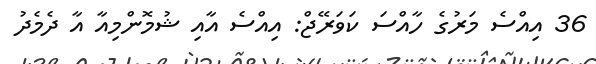
36 އިއްސެ މަރުގެ ހާއްސަ ކަވަރޭޖް: އިއްސެ އާއި ޝުމޮންމިއާ އާ ދެމެދު